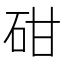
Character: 𥑠